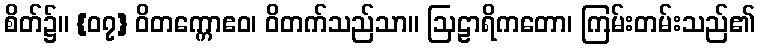
စိတ်၌။ {၀၇} ဝိတက္ကောဧဝ၊ ဝိတက်သည်သာ။ ဩဠာရိကတော၊ ကြမ်းတမ်းသည်၏